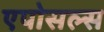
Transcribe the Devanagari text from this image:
एपोसल्स